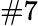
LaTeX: \# 7